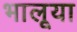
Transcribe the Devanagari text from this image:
भालूया